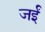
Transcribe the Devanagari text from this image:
जईं